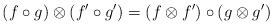
LaTeX: \begin{align*}(f\circ g)\otimes (f'\circ g')=(f\otimes f')\circ (g\otimes g')\end{align*}